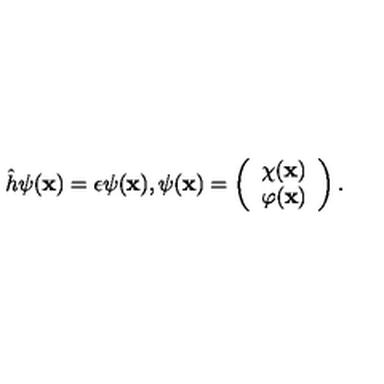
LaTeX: \hat { h } \psi ( { \bf x } ) = \epsilon \psi ( { \bf x } ) , \psi ( { \bf x } ) = \left( \begin{array} { c } { \chi ( { \bf x } ) } \\ { \varphi ( { \bf x } ) } \\ \end{array} \right) .